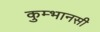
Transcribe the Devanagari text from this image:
कुम्भानसी